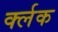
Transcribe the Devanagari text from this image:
र्क्लक